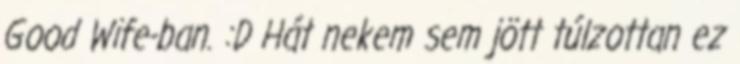
Good Wife-ban. :D Hát nekem sem jött túlzottan ez